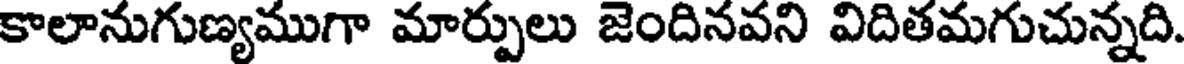
కాలానుగుణ్యముగా మార్పులు జెందినవని విదితమగుచున్నది.